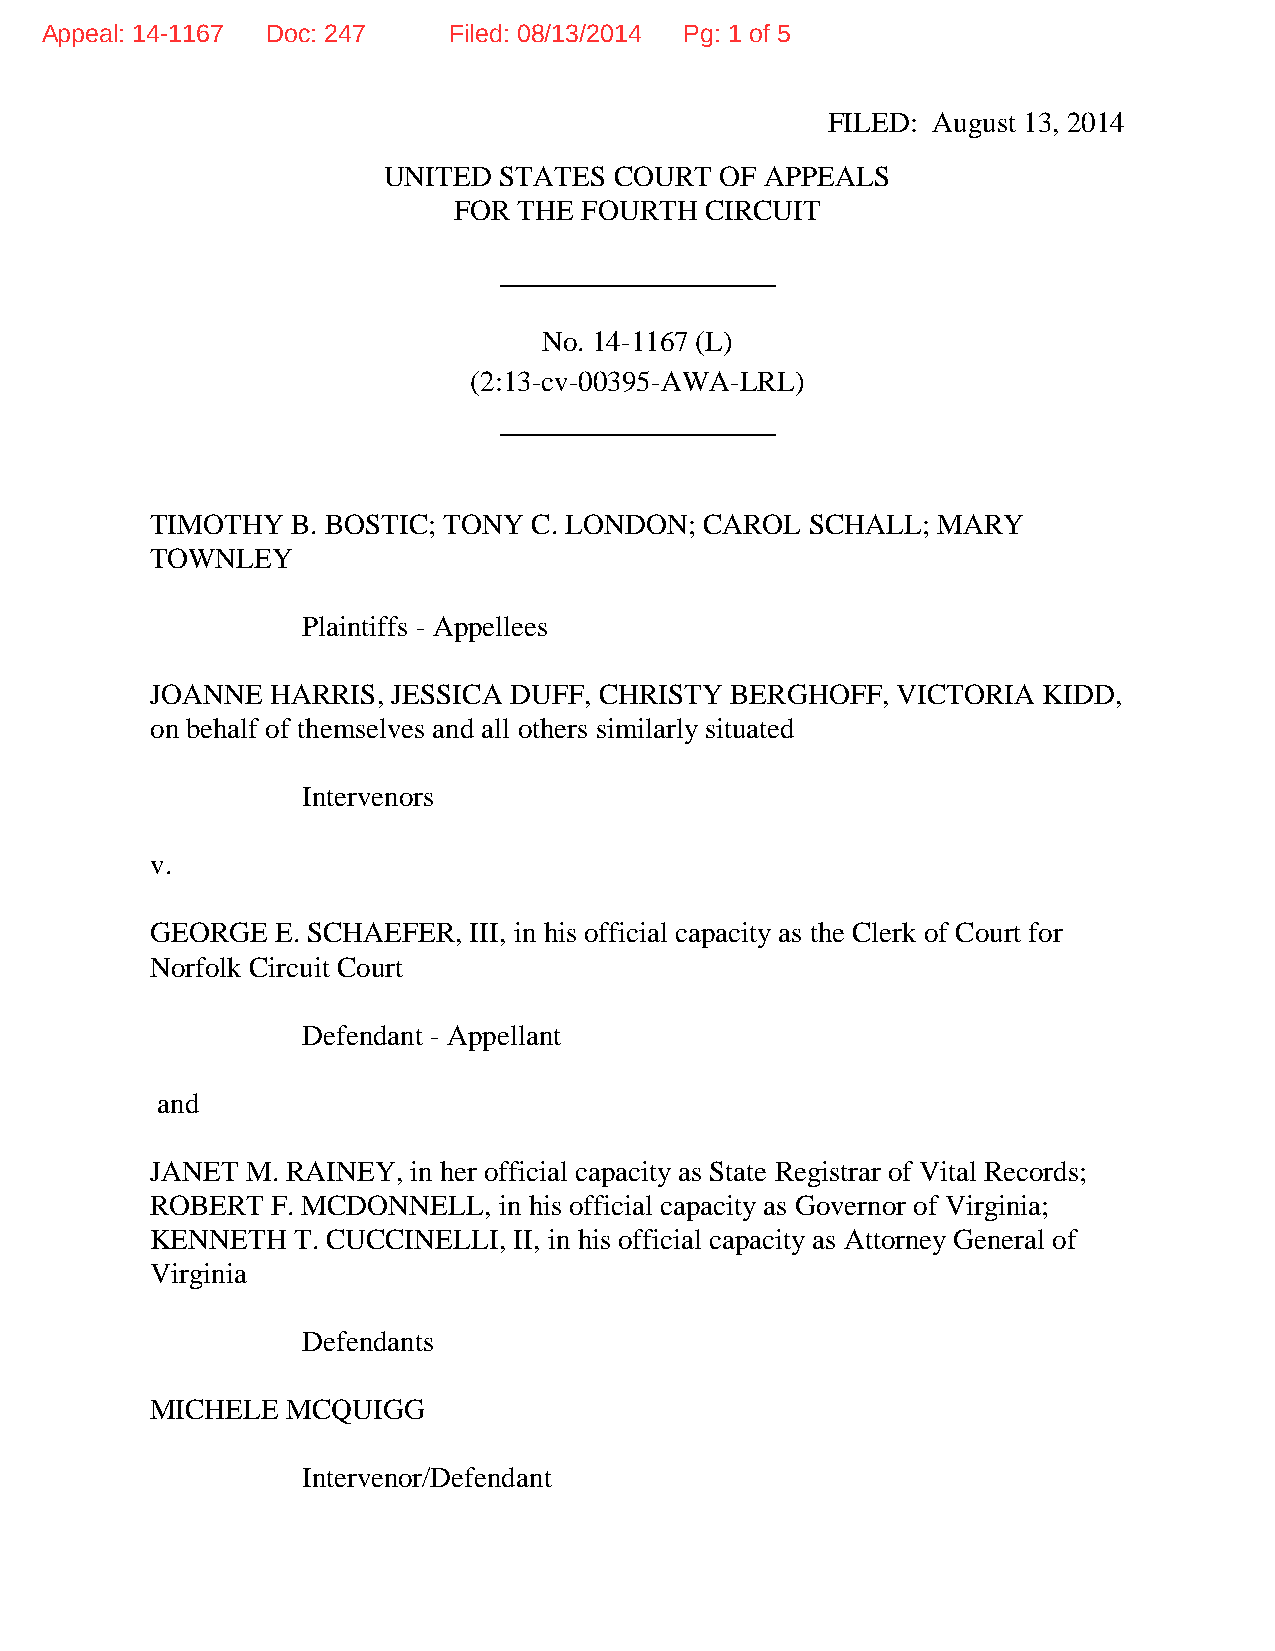
Appeal: 14-1167 Doc: 247   Filed: 08/13/2014 Pg: 1 of 5
 FILED: August 13, 2014
 UNITED  STATES  COURT  OF APPEALS
 FOR THE FOURTH   CIRCUIT
 ___________________
 No. 14-1167 (L)
 (2:13-cv-00395-AWA-LRL)
 ___________________
 TIMOTHY  B. BOSTIC; TONY C. LONDON;  CAROL  SCHALL; MARY
 TOWNLEY
 Plaintiffs - Appellees
 JOANNE  HARRIS, JESSICA DUFF, CHRISTY BERGHOFF,  VICTORIA  KIDD,
 on behalf of themselves and all others similarly situated
 Intervenors
 v.
 GEORGE  E. SCHAEFER, III, in his official capacity as the Clerk of Court for
 Norfolk Circuit Court
 Defendant - Appellant
 and
 JANET M. RAINEY, in her official capacity as State Registrar of Vital Records;
 ROBERT  F. MCDONNELL,  in his official capacity as Governor of Virginia;
 KENNETH  T. CUCCINELLI, II, in his official capacity as Attorney General of
 Virginia
 Defendants
 MICHELE  MCQUIGG
 Intervenor/Defendant